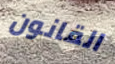
القانون